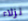
نزلاء